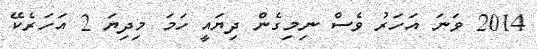
2014 ވަނަ އަހަރު ވެސް ނިމިގެން ދިޔައީ ހަމަ މިދިޔަ 2 އަހަރެކޭ